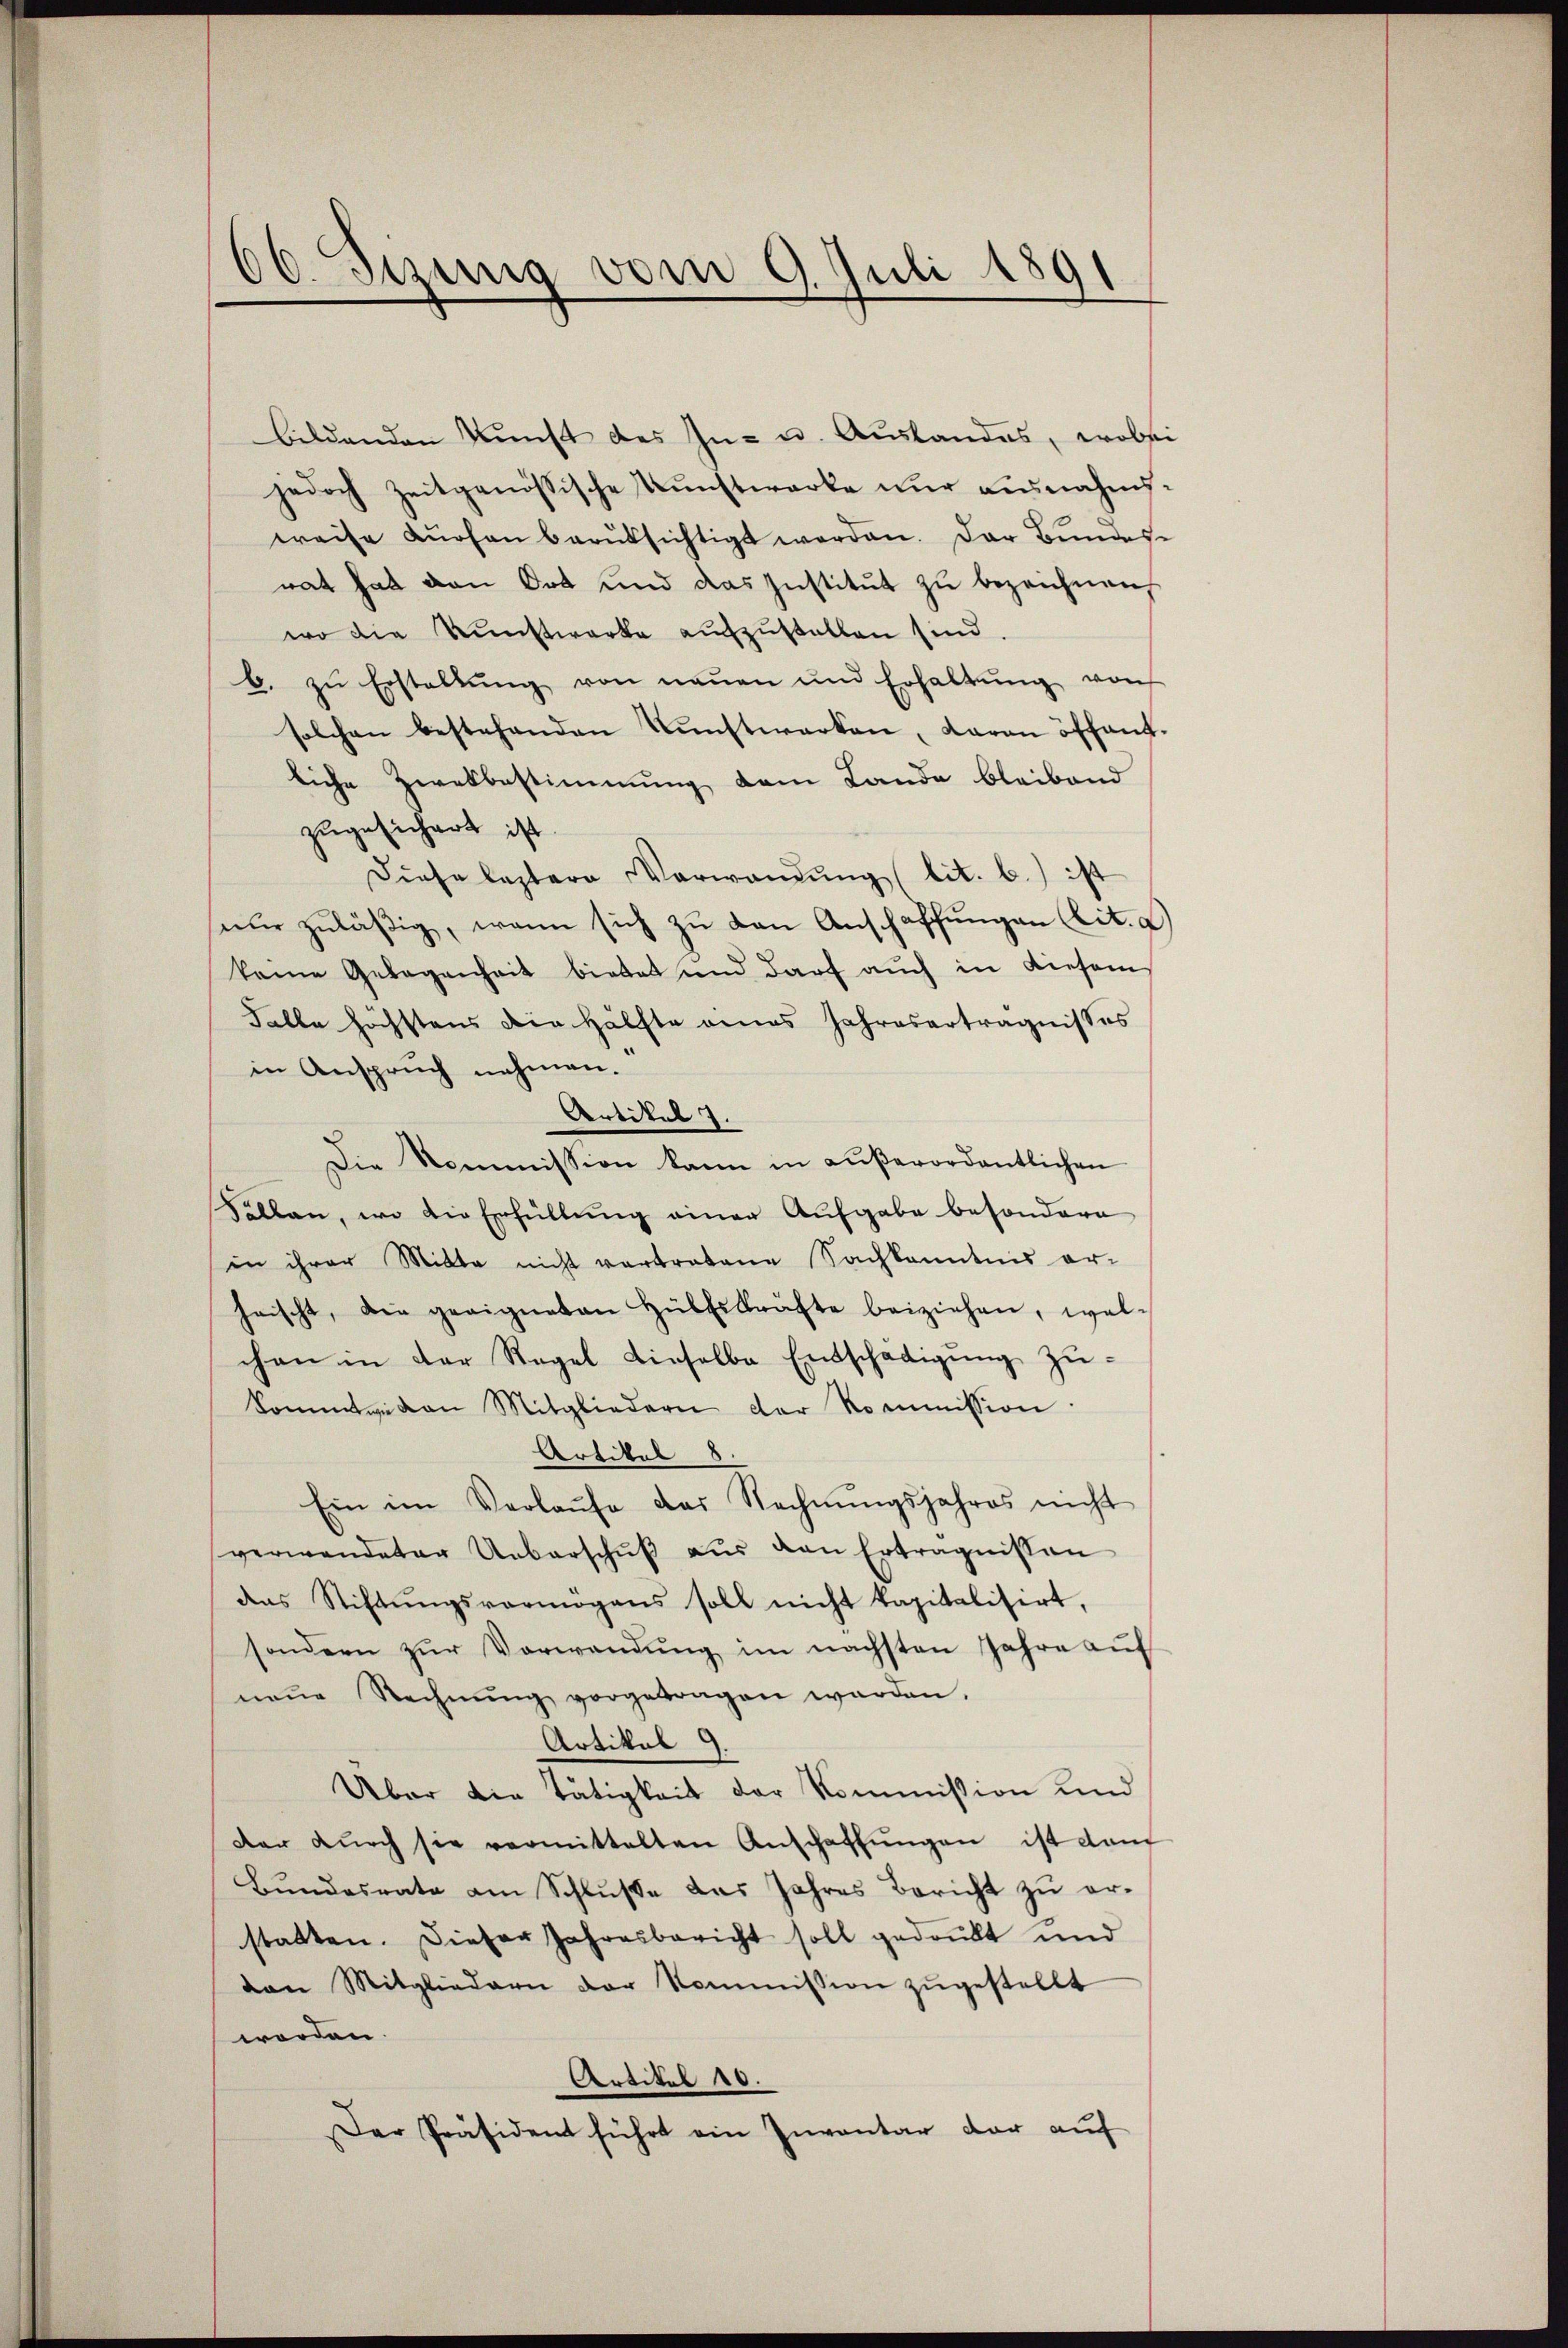
66. Sezung vom 9. Juli 1891

bildenden Kunst des In- u. Auslandes, wobei
jedoch zeitgenössische Kŭnstwerke nŭr ausnahms-
weise Kurhen berüksichtigt werden. Der Bundes-
rat hat von Ort und das Institut zu bezeichnen,
wo die Kŭnstwerke aŭfzŭstellen sind.
b. zŭ Erstellŭng von neŭen und Erhaltŭng von
solchen bestehenden Kunstwerken, daran öffentliche Zwekbestimmung dem Lande bleibend
zugesichert ist.
diese leztere Verwandŭng (lit. b.) ist
eŭr zuläßig, wenn sich zu den Anschaffungen (lit. a)
keine Gelegenheit bietet und darf auch in diesem
Falle höchstens die Hälfte eines Jahresertragnisses
in Anspruch nehmen.
Artikel 7.
Die Kommission kann in außerordentlichen
Sellen, wo die Erfüllung einer Aufgabe besondern
in ihrer Mitte nicht vertretene Sachkanntnis er-
heischt, die geeigneten Hülfskräfte beiziehen, welchen in der Regel Lieselbe Entschädigŭng zŭ-
kommtwegen Mitgliedern der Kommission
Artikel 8.
Ein im Verlaŭfe das Rechnŭngsjahres nicht
verwandeter Ueberschŭβ aŭs den Erträgnissen
das Stiftŭngsvermögens soll nicht kapitalisirt,
sondern zŭr Vorwandŭng im nächsten Jahre aŭf
neŭe Rechnŭng vorgetragen werden.
Artikal 9.
Über die Tätigkeit der Kommission und
der dŭrch sie vermittelten Anschaffŭngen ist dan
Bundesrate am Schluße das Jahres Bericht zu erstatten. Dieser Jahresbericht soll gedrukt und
von Mitgliedern der Kommission zugestellt
worden.
Artitel 10.
Der Präsident führt ein Inventar dar auf